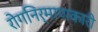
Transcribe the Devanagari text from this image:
रोगनिर्माणकारी